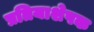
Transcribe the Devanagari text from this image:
प्रतियाशेपक